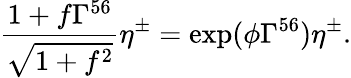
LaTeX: \frac{1+f\Gamma^{56}}{\sqrt{1+f^{2}}}\eta^{\pm}=\exp(\phi\Gamma^{56})\eta^{\pm}.